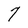
Character: 7